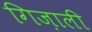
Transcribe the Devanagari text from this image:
गिज़ाली